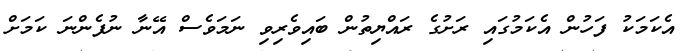
އެކަމަކު ފަހުން އެކަމުގައި ރަށުގެ ރައްޔިތުން ބައިވެރިވި ނަމަވެސް އޭނާ ނުފެންނަ ކަމަށް